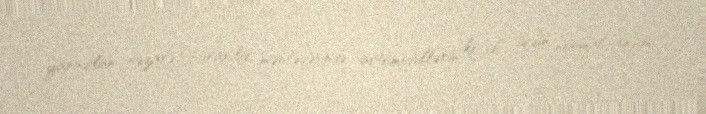
yaradılan nəzarət-buraxılış məntəqəsində avtomobillərin keçidi üçün normal rejim